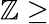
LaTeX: \mathbb{Z}\ge